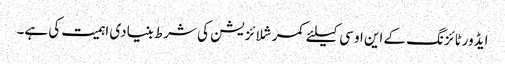
ایڈورٹائزنگ کے این او سی کیلئے کمرشلائزیشن کی شرط بنیادی اہمیت کی ہے۔